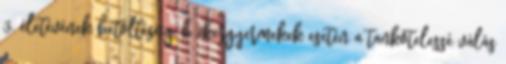
3. életévének betöltéséig, b ikergyermekek esetén a tankötelessé válás